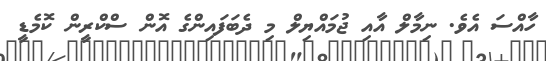
ހާއްސަ އެވެ. ނިމާލް އާއި ޖުމައްޔިލް މި ދެބަފައިންގެ އޮން ސްކްރީން ކޮމެޑީ